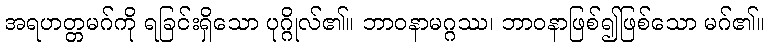
အရဟတ္တမဂ်ကို ရခြင်းရှိသော ပုဂ္ဂိုလ်၏။ ဘာဝနာမဂ္ဂဿ၊ ဘာဝနာဖြစ်၍ဖြစ်သော မဂ်၏။